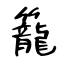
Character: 籠